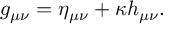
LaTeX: g _ { \mu \nu } = \eta _ { \mu \nu } + \kappa h _ { \mu \nu } .